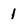
Character: 1